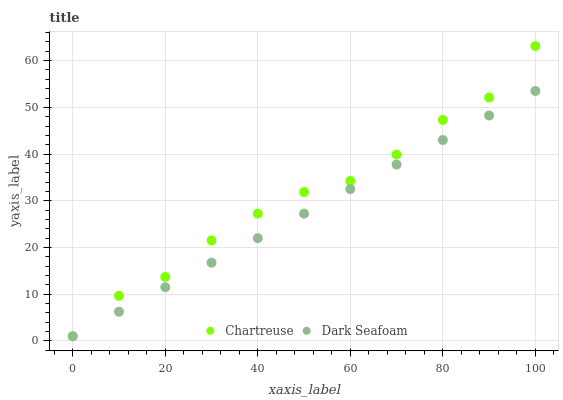
| xaxis_label | Chartreuse | Dark Seafoam |
 | --- | --- | --- |
 | 0 | 1 | 1 |
 | 10 | 9.65 | 6.25 |
 | 20 | 13.7 | 11.5 |
 | 30 | 21.5 | 16.8 |
 | 40 | 27.3 | 22 |
 | 50 | 31.9 | 27.3 |
 | 60 | 34.3 | 32.5 |
 | 70 | 39.9 | 37.8 |
 | 80 | 47.3 | 43 |
 | 90 | 52.1 | 48.3 |
 | 100 | 63.1 | 53.5 |